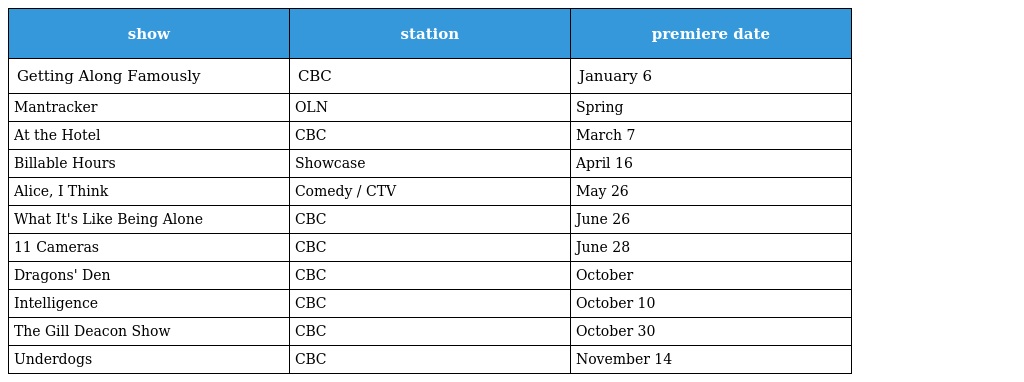
| show | station | premiere date |
 | --- | --- | --- |
 | Getting Along Famously | CBC | January 6 |
 | Mantracker | OLN | Spring |
 | At the Hotel | CBC | March 7 |
 | Billable Hours | Showcase | April 16 |
 | Alice, I Think | Comedy / CTV | May 26 |
 | What It's Like Being Alone | CBC | June 26 |
 | 11 Cameras | CBC | June 28 |
 | Dragons' Den | CBC | October |
 | Intelligence | CBC | October 10 |
 | The Gill Deacon Show | CBC | October 30 |
 | Underdogs | CBC | November 14 |